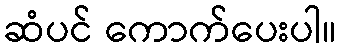
ဆံပင် ကောက်ပေးပါ။